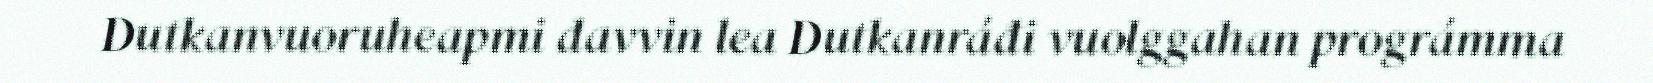
Dutkanvuoruheapmi davvin lea Dutkanráđi vuolggahan prográmma